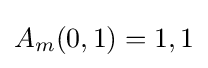
A_{m}(0,1)=1,1